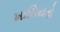
ખાસિયતો